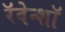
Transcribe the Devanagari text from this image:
रॅवेन्शॉ